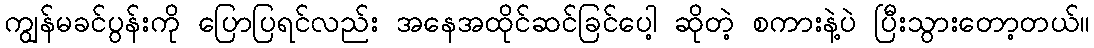
ကျွန်မခင်ပွန်းကို ပြောပြရင်လည်း အနေအထိုင်ဆင်ခြင်ပေါ့ ဆိုတဲ့ စကားနဲ့ပဲ ပြီးသွားတော့တယ်။